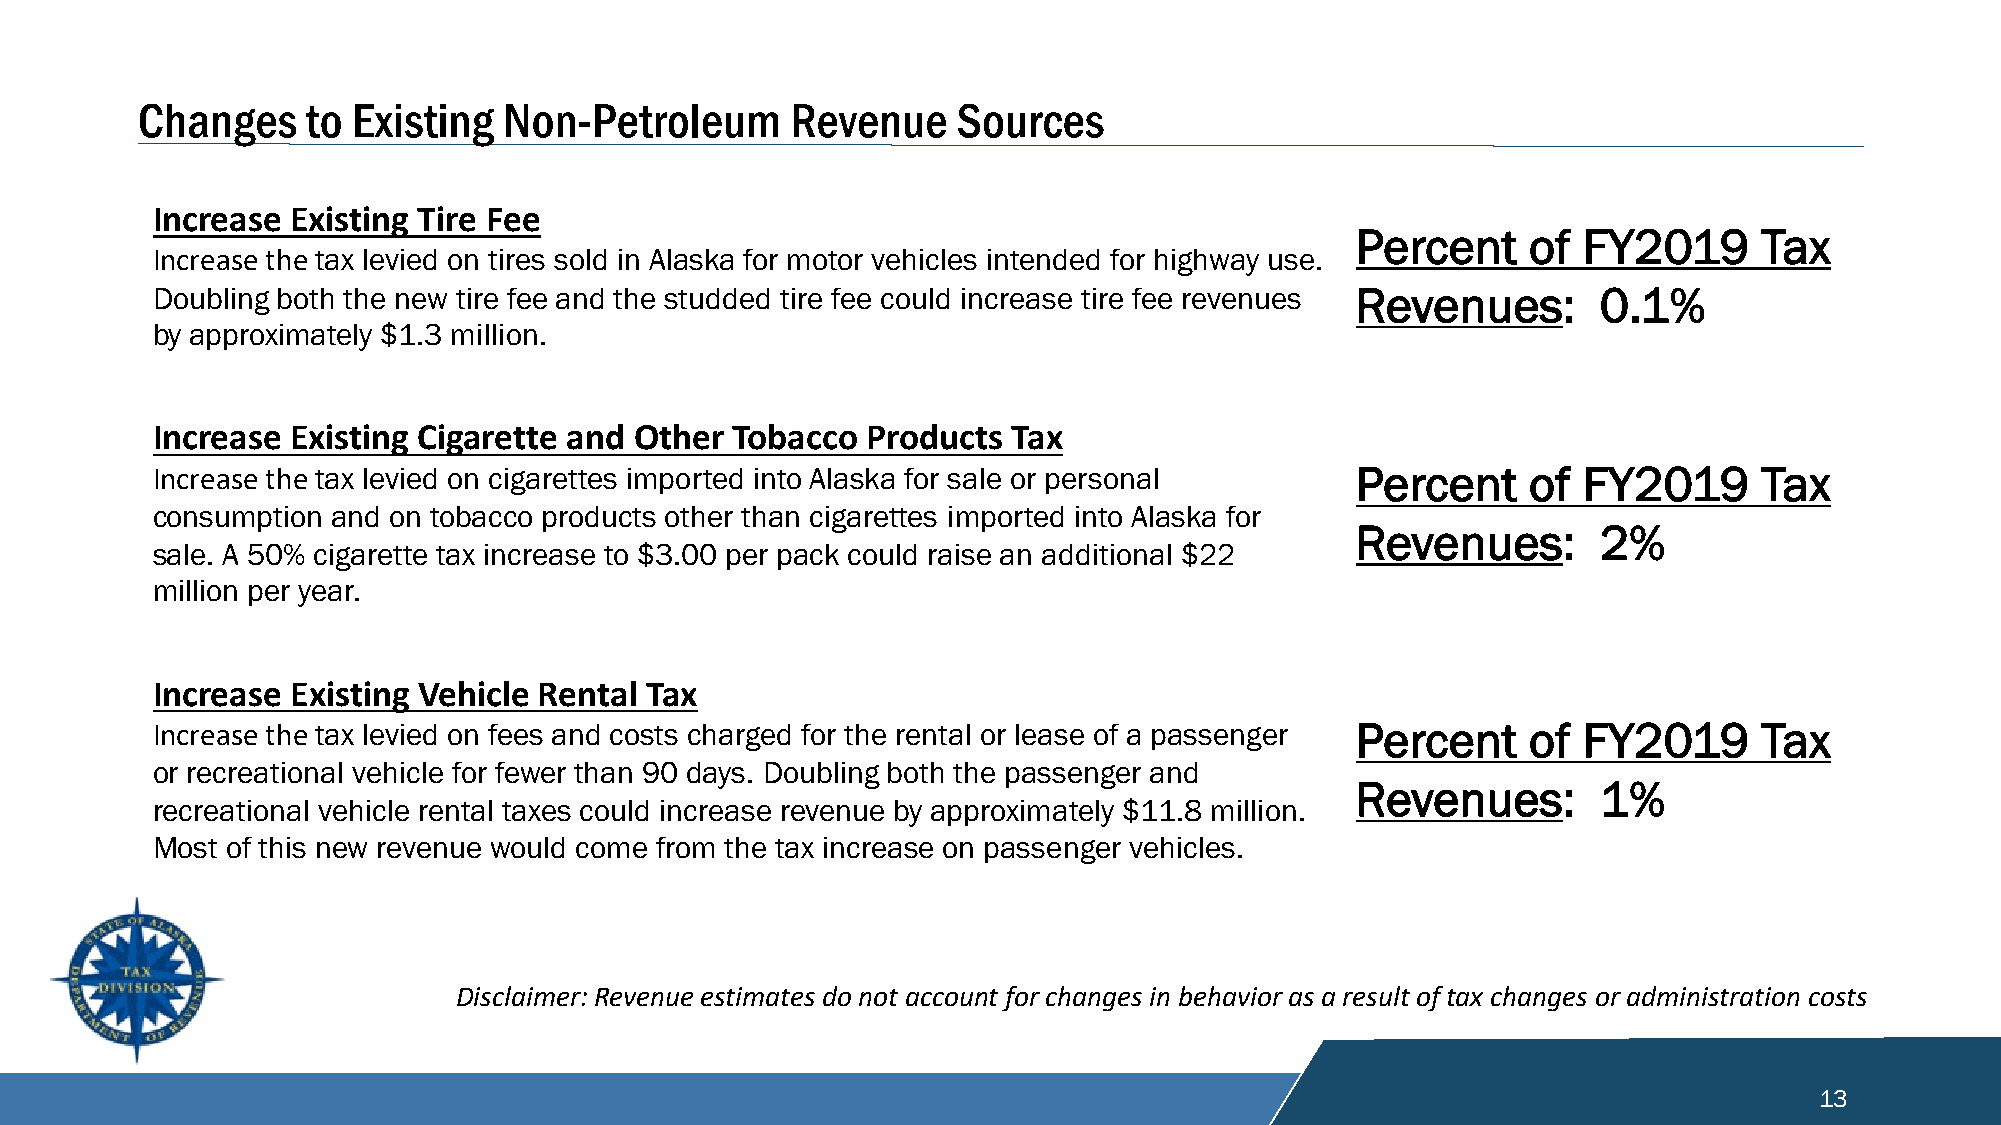
Changes    to Existing  Non-Petroleum      Revenue    Sources
 Increase Existing Tire Fee
 Percent    of  FY2019      Tax
 Increase the tax levied on tires sold in Alaska for motor vehicles intended for highway use.
 Doubling both the new tire fee and the studded tire fee could increase tire fee revenues Revenues: 0.1%
 by approximately $1.3 million.
 Increase Existing Cigarette and Other Tobacco  Products  Tax
 Increase the tax levied on cigarettes imported into Alaska for sale or personal Percent    of  FY2019      Tax
 consumption and on tobacco products other than cigarettes imported into Alaska for
 Revenues:       2%
 sale. A 50% cigarette tax increase to $3.00 per pack could raise an additional $22
 million per year.
 Increase Existing Vehicle Rental Tax
 Increase the tax levied on fees and costs charged for the rental or lease of a passenger Percent of FY2019 Tax
 or recreational vehicle for fewer than 90 days. Doubling both the passenger and
 Revenues:       1%
 recreational vehicle rental taxes could increase revenue by approximately $11.8 million.
 Most of this new revenue would come from the tax increase on passenger vehicles.
 Disclaimer: Revenue estimates do not account for changes in behavior as a result of tax changes or administration costs
 13